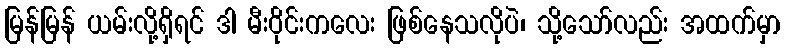
မြန်မြန် ယမ်းလို့ရှိရင် ဒါ မီးဝိုင်းကလေး ဖြစ်နေသလိုပဲ၊ သို့သော်လည်း အထက်မှာ